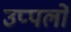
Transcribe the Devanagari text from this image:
उप्पलों